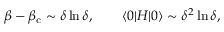
\beta - \beta _ { \mathrm { c } } \sim \delta \ln \delta , \qquad \langle 0 | H | 0 \rangle \sim \delta ^ { 2 } \ln \delta ,